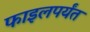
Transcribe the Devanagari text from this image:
फाइलपर्यंत